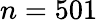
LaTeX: n=501